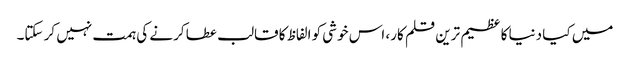
میں کیا دنیا کا عظیم ترین قلم کار، اس خوشی کو الفاظ کا قالب عطا کرنے کی ہمت نہیں کر سکتا۔